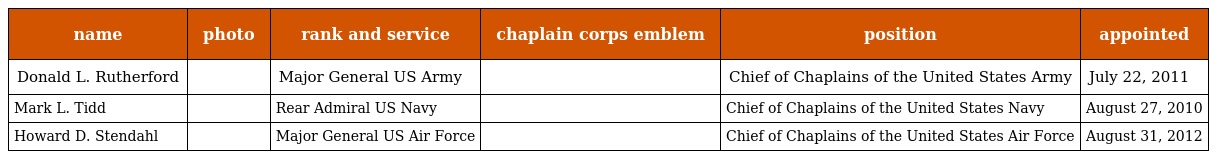
| name | photo | rank and service | chaplain corps emblem | position | appointed |
 | --- | --- | --- | --- | --- | --- |
 | Donald L. Rutherford |  | Major General US Army |  | Chief of Chaplains of the United States Army | July 22, 2011 |
 | Mark L. Tidd |  | Rear Admiral US Navy |  | Chief of Chaplains of the United States Navy | August 27, 2010 |
 | Howard D. Stendahl |  | Major General US Air Force |  | Chief of Chaplains of the United States Air Force | August 31, 2012 |